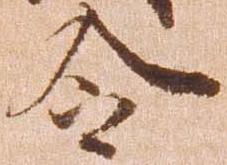
令